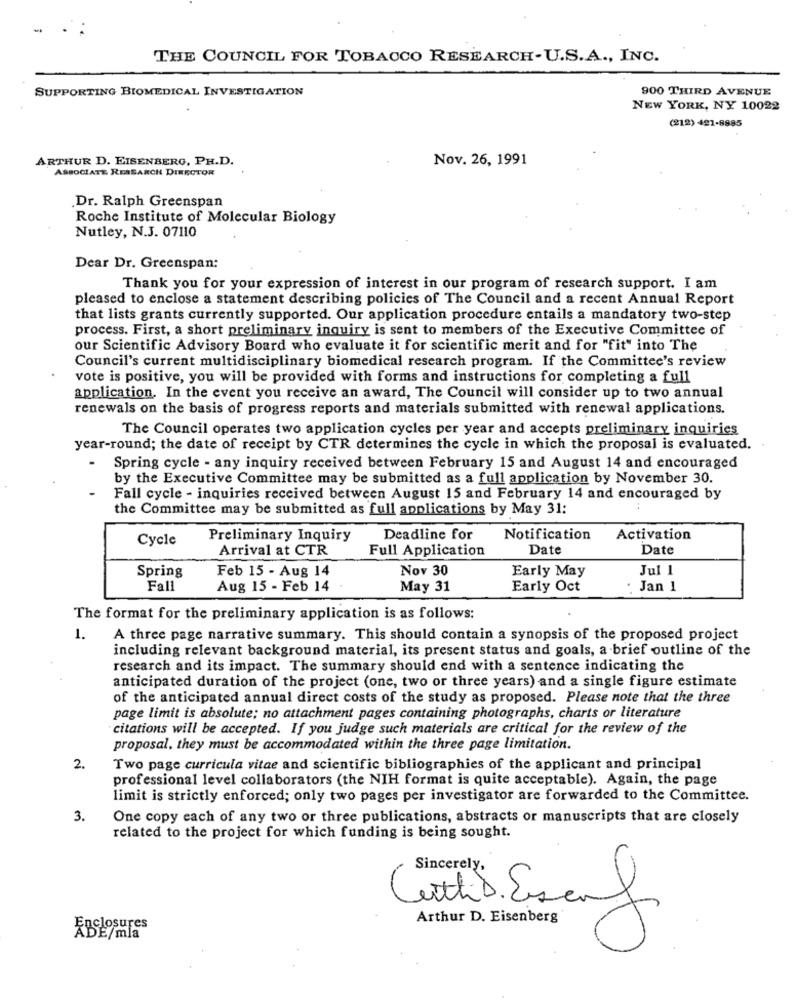
THE COUNCIL FOR TOBACCO RESEARCH-U.S.A ., INC.
SUPPORTING BIOMEDICAL INVESTIGATION
900 THIRD AVENUE
NEW YORK, NY 10022
(212) 421-8885
ARTHUR D. EISENBERG, PH.D.
Nov. 26, 1991
ASSOCIATE RESEARCH DIRECTOR
.Dr. Ralph Greenspan
Roche Institute of Molecular Biology
Nutley, N.J. 07110
Dear Dr. Greenspan:
Thank you for your expression of interest in our program of research support. I am
pleased to enclose a statement describing policies of The Council and a recent Annual Report
that lists grants currently supported. Our application procedure entails a mandatory two-step
process. First, a short preliminary inquiry is sent to members of the Executive Committee of
our Scientific Advisory Board who evaluate it for scientific merit and for "fit" into The
Council's current multidisciplinary biomedical research program. If the Committee's review
vote is positive, you will be provided with forms and instructions for completing a full
application. In the event you receive an award, The Council will consider up to two annual
renewals on the basis of progress reports and materials submitted with renewal applications.
The Council operates two application cycles per year and accepts preliminary inquiries
year-round; the date of receipt by CTR determines the cycle in which the proposal is evaluated.
Spring cycle - any inquiry received between February 15 and August 14 and encouraged
by the Executive Committee may be submitted as a full application by November 30.
Fall cycle - inquiries received between August 15 and February 14 and encouraged by
the Committee may be submitted as full applications by May 31:
Cycle
Preliminary Inquiry
Deadline for
Notification
Activation
Arrival at CTR
Full Application
Date
Date
Spring
Feb 15 - Aug 14
Nov 30
Early May
Jul 1
Fall
Aug 15 - Feb 14
May 31
Early Oct
Jan 1
The format for the preliminary application is as follows:
1.
A three page narrative summary. This should contain a synopsis of the proposed project
including relevant background material, its present status and goals, a brief outline of the
research and its impact. The summary should end with a sentence indicating the
anticipated duration of the project (one, two or three years) and a single figure estimate
of the anticipated annual direct costs of the study as proposed. Please note that the three
page limit is absolute; no attachment pages containing photographs, charts or literature
citations will be accepted. If you judge such materials are critical for the review of the
proposal, they must be accommodated within the three page limitation.
2.
Two page curricula vitae and scientific bibliographies of the applicant and principal
professional level collaborators (the NIH format is quite acceptable). Again, the page
limit is strictly enforced; only two pages per investigator are forwarded to the Committee.
3.
One copy each of any two or three publications, abstracts or manuscripts that are closely
related to the project for which funding is being sought.
Sincerely,
Citli . Esauf
Arthur D. Eisenberg
ABSlosures
DE/mla